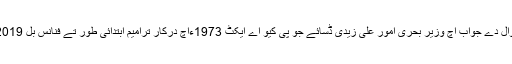
بدھ کوں قومی اسمبلی اچ سوالاں دے وقفے اچ سید آغا رفیع اللہ دے سوال دے جواب اچ وزیر بحری امور علی زیدی ڈسائے جو پی کیو اے ایکٹ 1973ءاچ درکار ترامیم ابتدائی طور تے فنانس بل 2019ءاچ شامل ہن تاں جو بود اچ ریونیو دے وزیر اے واپس گھن گھدیاں ۔